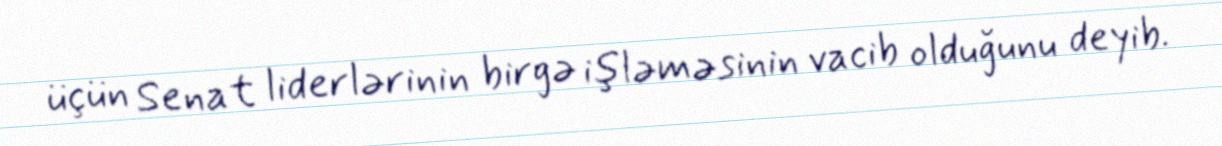
üçün Senat liderlərinin birgə işləməsinin vacib olduğunu deyib.